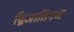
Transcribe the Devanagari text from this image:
द्विजातिगण